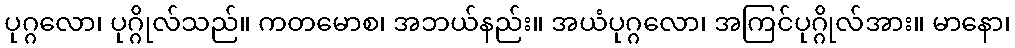
ပုဂ္ဂလော၊ ပုဂ္ဂိုလ်သည်။ ကတမောစ၊ အဘယ်နည်း။ အယံပုဂ္ဂလော၊ အကြင်ပုဂ္ဂိုလ်အား။ မာနော၊